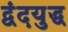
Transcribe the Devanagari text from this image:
द्वंदयुद्ध